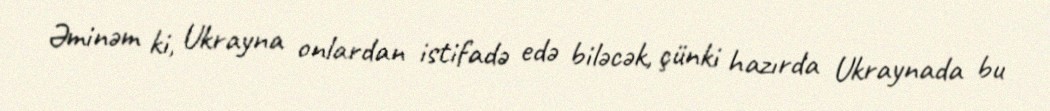
Əminəm ki, Ukrayna onlardan istifadə edə biləcək, çünki hazırda Ukraynada bu